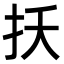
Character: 扷